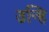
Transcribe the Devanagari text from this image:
उन्हि